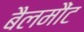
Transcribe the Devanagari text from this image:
बैलमौंट